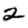
Digit: 2